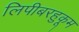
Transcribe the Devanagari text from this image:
लिपीबरहुकूम